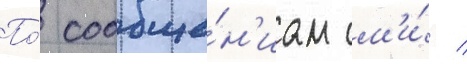
По́ сообще́н'иам см'и́ /